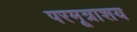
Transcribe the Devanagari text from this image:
परमूत्राशय